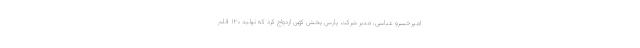
امیرخسرو عباسی، مدیر شرکت پارس پخش کهن ازدواج کرد که تولید ۱۲۰ قلم